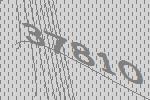
37810